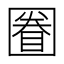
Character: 𡈕